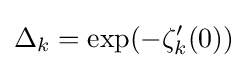
\Delta _{k}=\exp(-\zeta _{k}^{\prime }(0))